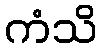
ကံသိ